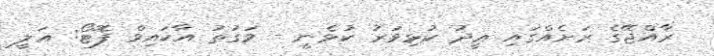
ރާއްޖޭގެ ރަށެއްގައި ޢީދު ކުޅިވަރު ކުޅެނީ - ވަގުތު އާކައިވް ފޮޓޯ: ޢަލީ